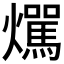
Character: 𤒌